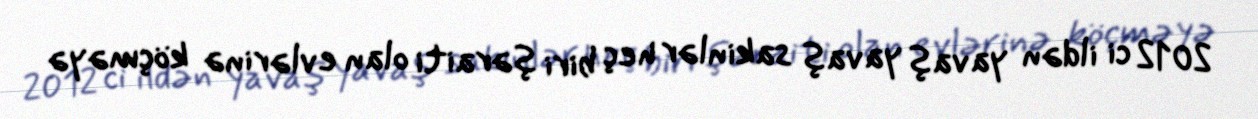
2012 ci ildən yavaş yavaş sakinlər heç biri şəraiti olan evlərinə köçməyə